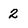
Character: 2